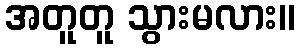
အတူတူ သွားမလား။